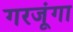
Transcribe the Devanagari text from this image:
गरजूंगा